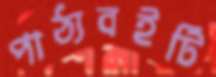
পাঠ্যবইটি